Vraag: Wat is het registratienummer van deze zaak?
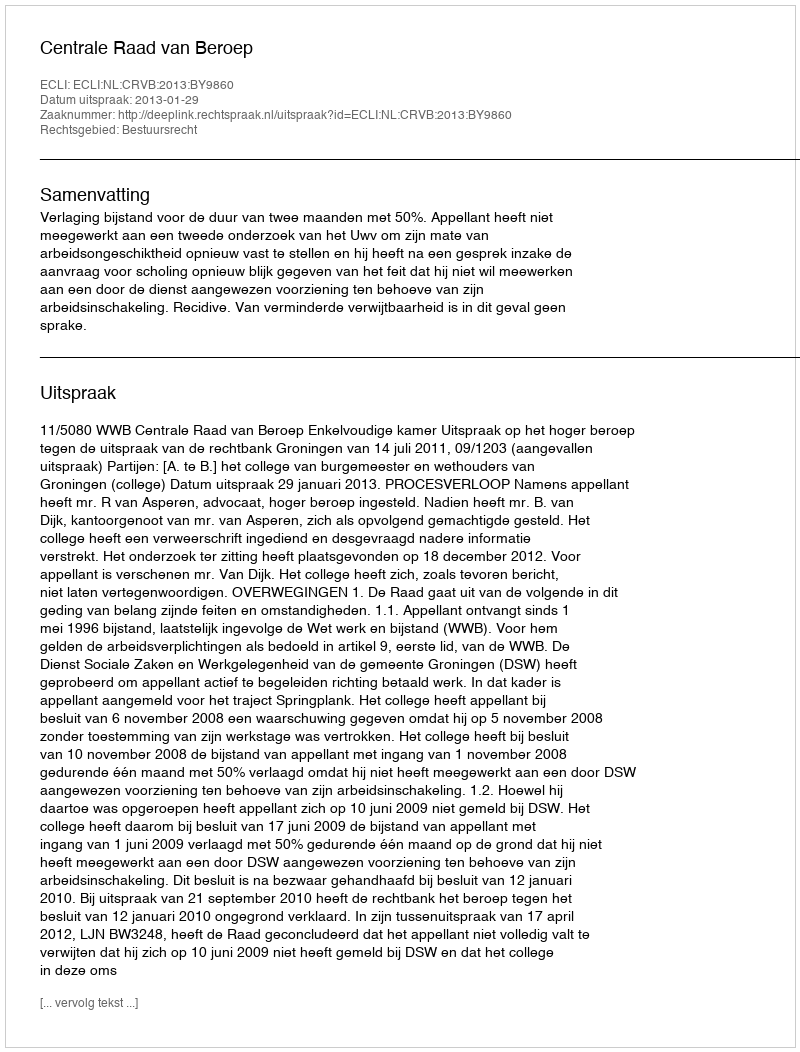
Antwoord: http://deeplink.rechtspraak.nl/uitspraak?id=ECLI:NL:CRVB:2013:BY9860